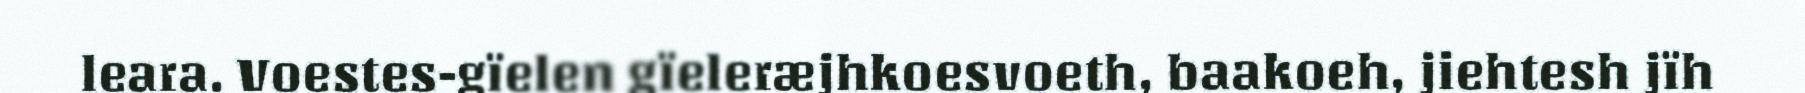
leara. Voestes-gïelen gïeleræjhkoesvoeth, baakoeh, jiehtesh jïh